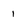
Character: I